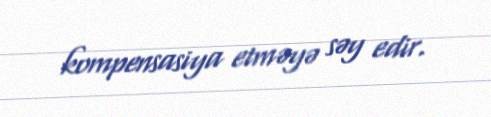
kompensasiya etməyə səy edir.